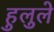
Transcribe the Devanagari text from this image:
हुलुले